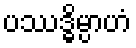
ပဿဒ္ဓိမ္ပာဟံ